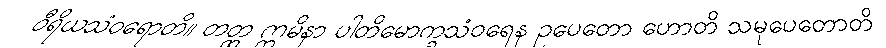
ဝီရိယသံဝရောတိ။ တတ္ထ ဣမိနာ ပါတိမောက္ခသံဝရေန ဥပေတော ဟောတိ သမုပေတောတိ